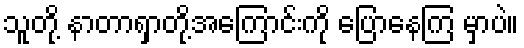
သူတို့ နာတာရှာတို့အကြောင်းကို ပြောနေကြ မှာပဲ။